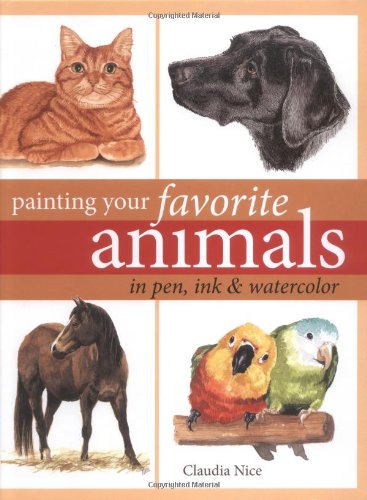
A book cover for Painting Your Favorite Animals in Pen, Ink and Watercolor; Claudia Nice; Arts & Photography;